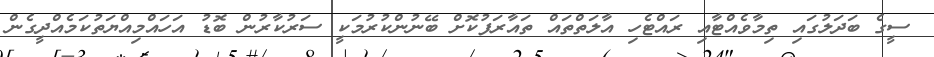
ސީގެ ބަދަލުގައި ތިމާވެއްޓާއި ރައްޓެހި އާލަތްތައް ތައާރަފުކޮށް ބޭނުންކުރުމަކީ ސަރުކާރުން ބޮޑު އަހައްމިއްޔަތުކަމެއްދީގެން